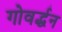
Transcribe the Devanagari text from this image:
गोवर्द्धन